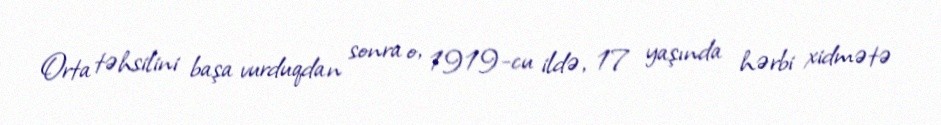
Orta təhsilini başa vurduqdan sonra o, 1919-cu ildə, 17 yaşında hərbi xidmətə